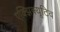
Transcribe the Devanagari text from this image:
एक्झिक्यूटिव